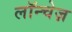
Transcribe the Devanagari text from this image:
लॉन्चेज़